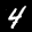
Label: 4